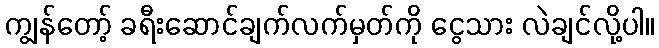
ကျွန်တော့် ခရီးဆောင်ချက်လက်မှတ်ကို ငွေသား လဲချင်လို့ပါ။